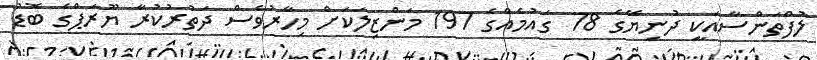
ލުފްތަންސާއަކީ ދުނިޔޭގެ 78 ގައުމެއްގެ 197 މަންޒިލަކަށް މިހާރުވެސް ދަތުރުކުރާ ޔޫރަޕްގެ ބޮޑު